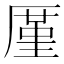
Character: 厪